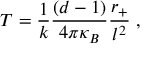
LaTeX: T = \frac { 1 } { k } \frac { ( d - 1 ) } { 4 \pi \kappa _ { B } } \frac { r _ { + } } { l ^ { 2 } } \; ,